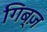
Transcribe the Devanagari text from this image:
गिब्ज़